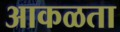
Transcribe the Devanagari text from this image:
आकळता